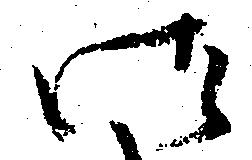
御